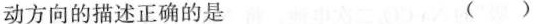
动方向的描述正确的是 ( )